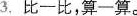
3.比一比，算一算。